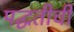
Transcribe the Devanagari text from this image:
पद्घतीची